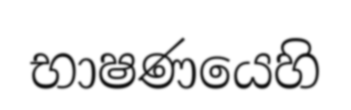
භාෂණයෙහි